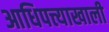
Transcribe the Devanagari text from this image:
आधिपत्त्याखाली